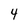
Character: 4